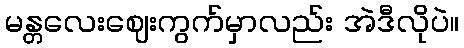
မန္တလေးဈေးကွက်မှာလည်း အဲဒီလိုပဲ။